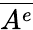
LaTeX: \overline{{A^{e}}}